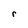
Character: r